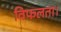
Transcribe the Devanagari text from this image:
विफलता।